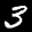
Label: 3